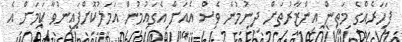
ފަހަރެއްގެ މަތިން އިންޒާރުތަށް ދިނުމުން ވެސް އެއަށް އެގައުމުން އަމަލުކޮށްފައިނުވާ ކަމަށް އެ